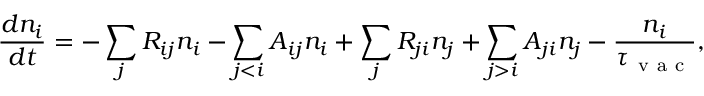
\frac { d n _ { i } } { d t } = - \sum _ { j } R _ { i j } n _ { i } - \sum _ { j < i } A _ { i j } n _ { i } + \sum _ { j } R _ { j i } n _ { j } + \sum _ { j > i } A _ { j i } n _ { j } - \frac { n _ { i } } { \tau _ { \mathrm { ~ v ~ a ~ c ~ } } } ,